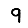
Digit: 9